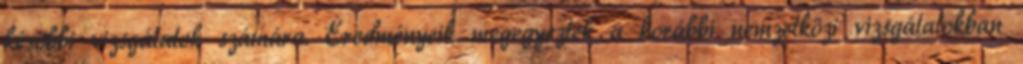
későbbi vizsgálatok számára. Eredményeik megegyeztek a korábbi nemzetközi vizsgálatokban